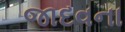
જાદવના